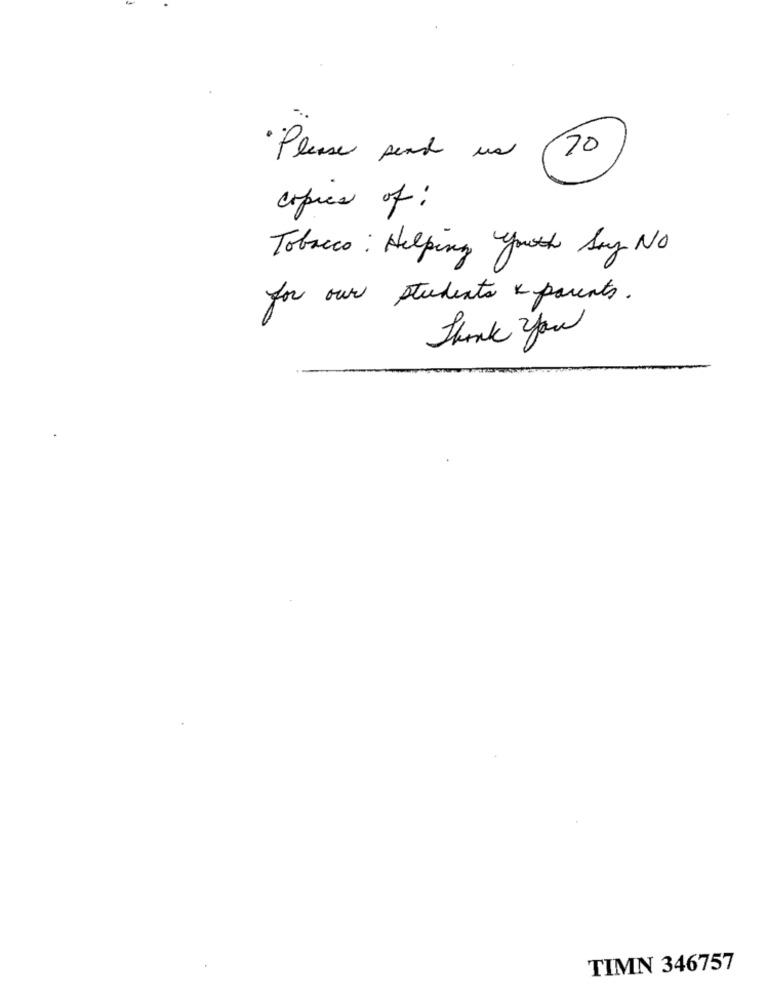
· Please send us
70
copies of :
Tobacco : Helping youth Say No
for our students & parents.
Thank you
TIMN 346757